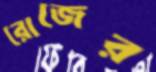
রোজের